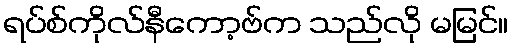
ရပ်စ်ကိုလ်နီကော့ဗ်က သည်လို မမြင်။